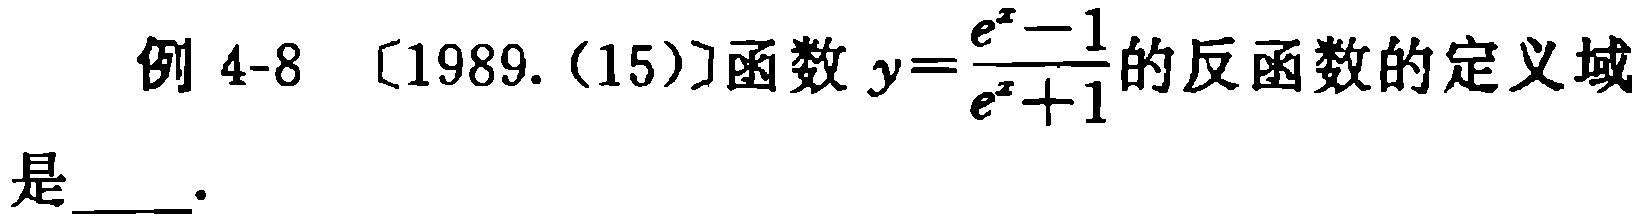
例 4-8 〔1989.(15)〕函数\(y = \frac{e^{x}-1}{e^{x}+1}\)的反函数的定义域是____.